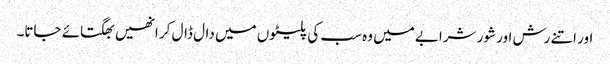
اور اتنے رش اور شور شرابے میں وہ سب کی پلیٹوں میں دال ڈال کر انھیں بھگتائے جاتا۔